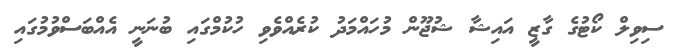
ސިވިލް ކޯޓުގެ ގާޒީ އައިޝާ ޝުޖޫން މުހައްމަދު ކުރެއްވެވި ހުކުމްގައި ބުނަނީ އެއްބަސްވުމުގައި